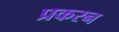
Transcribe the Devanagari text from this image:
प्रकरन